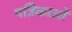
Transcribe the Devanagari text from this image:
पत्रिकाआें